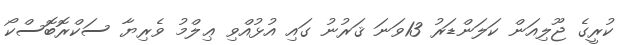
ކުރީގެ ޖޫލިއަން ކަލަންޑަރު 13ވަނަ ޤަރުނު ގައި އުޅުއްވި ޢިލްމު ވެރިޔާ ސަކްރޮބޮސްކޯ